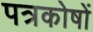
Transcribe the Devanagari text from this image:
पत्रकोषों